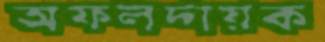
অফলদায়ক